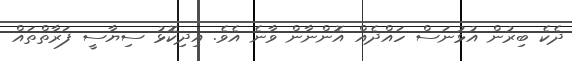
ދެކެ ބިރުން އުޅުނަސް ހައްދެއް އޮންނާން ވާނެ އެވެ. އިދިކޮޅު ސިޔާސީ ފަރާތްތައް